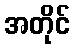
အတိုင်